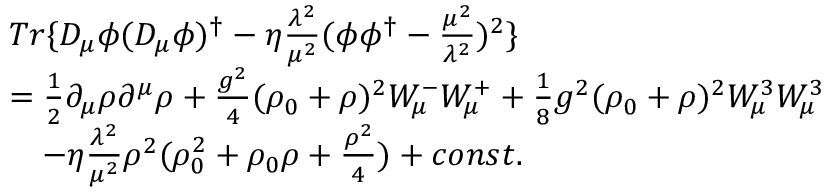
\begin{array} { c l } { { } } & { { T r \{ D _ { \mu } \phi ( D _ { \mu } \phi ) ^ { \dag } - \eta \frac { \lambda ^ { 2 } } { \mu ^ { 2 } } ( \phi { \phi } ^ { \dag } - \frac { { \mu } ^ { 2 } } { { \lambda } ^ { 2 } } ) ^ { 2 } \} } } \\ { { } } & { { = \frac { 1 } { 2 } { \partial } _ { \mu } \rho { \partial } ^ { \mu } \rho + \frac { g ^ { 2 } } { 4 } ( \rho _ { 0 } + \rho ) ^ { 2 } W _ { \mu } ^ { - } W _ { \mu } ^ { + } + \frac { 1 } { 8 } g ^ { 2 } ( \rho _ { 0 } + \rho ) ^ { 2 } W _ { \mu } ^ { 3 } W _ { \mu } ^ { 3 } } } \\ { { } } & { { ~ ~ ~ - \eta \frac { \lambda ^ { 2 } } { \mu ^ { 2 } } { \rho } ^ { 2 } ( \rho _ { 0 } ^ { 2 } + \rho _ { 0 } \rho + \frac { { \rho } ^ { 2 } } { 4 } ) + c o n s t . } } \end{array}